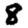
Digit: 8